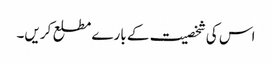
اس کی شخصیت کے بارے مطلع کریں۔